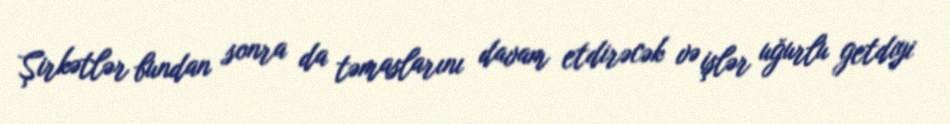
Şirkətlər bundan sonra da təmaslarını davam etdirəcək və işlər uğurlu getdiyi